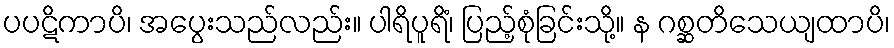
ပပဋိကာပိ၊ အပွေးသည်လည်း။ ပါရိပူရိံ၊ ပြည့်စုံခြင်းသို့။ န ဂစ္ဆတိသေယျထာပိ၊